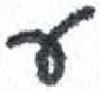
אות: ע